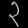
Digit: ၃